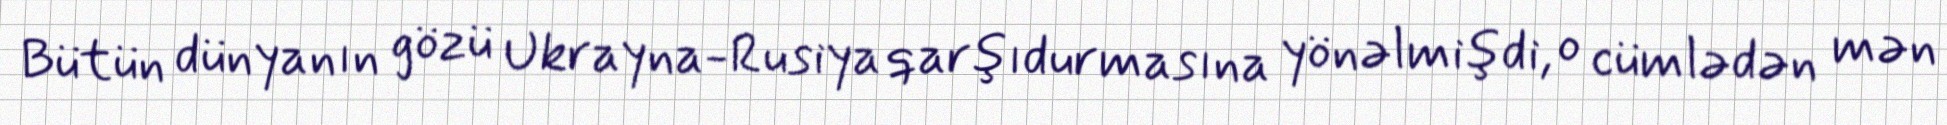
Bütün dünyanın gözü Ukrayna-Rusiya qarşıdurmasına yönəlmişdi, o cümlədən mən